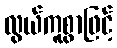
လွယ်ကူစွာဖြင့်